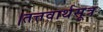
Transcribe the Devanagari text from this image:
।तत्तवार्थसूत्र